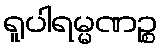
ရူပါရမ္မဏဉ္စ